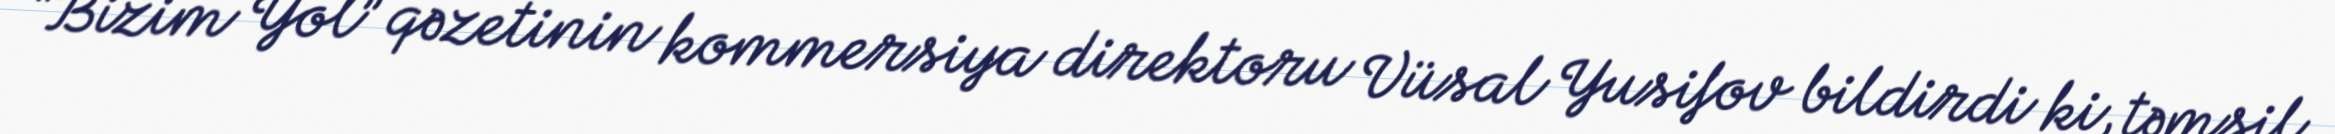
“Bizim Yol” qəzetinin kommersiya direktoru Vüsal Yusifov bildirdi ki, təmsil